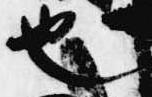
也